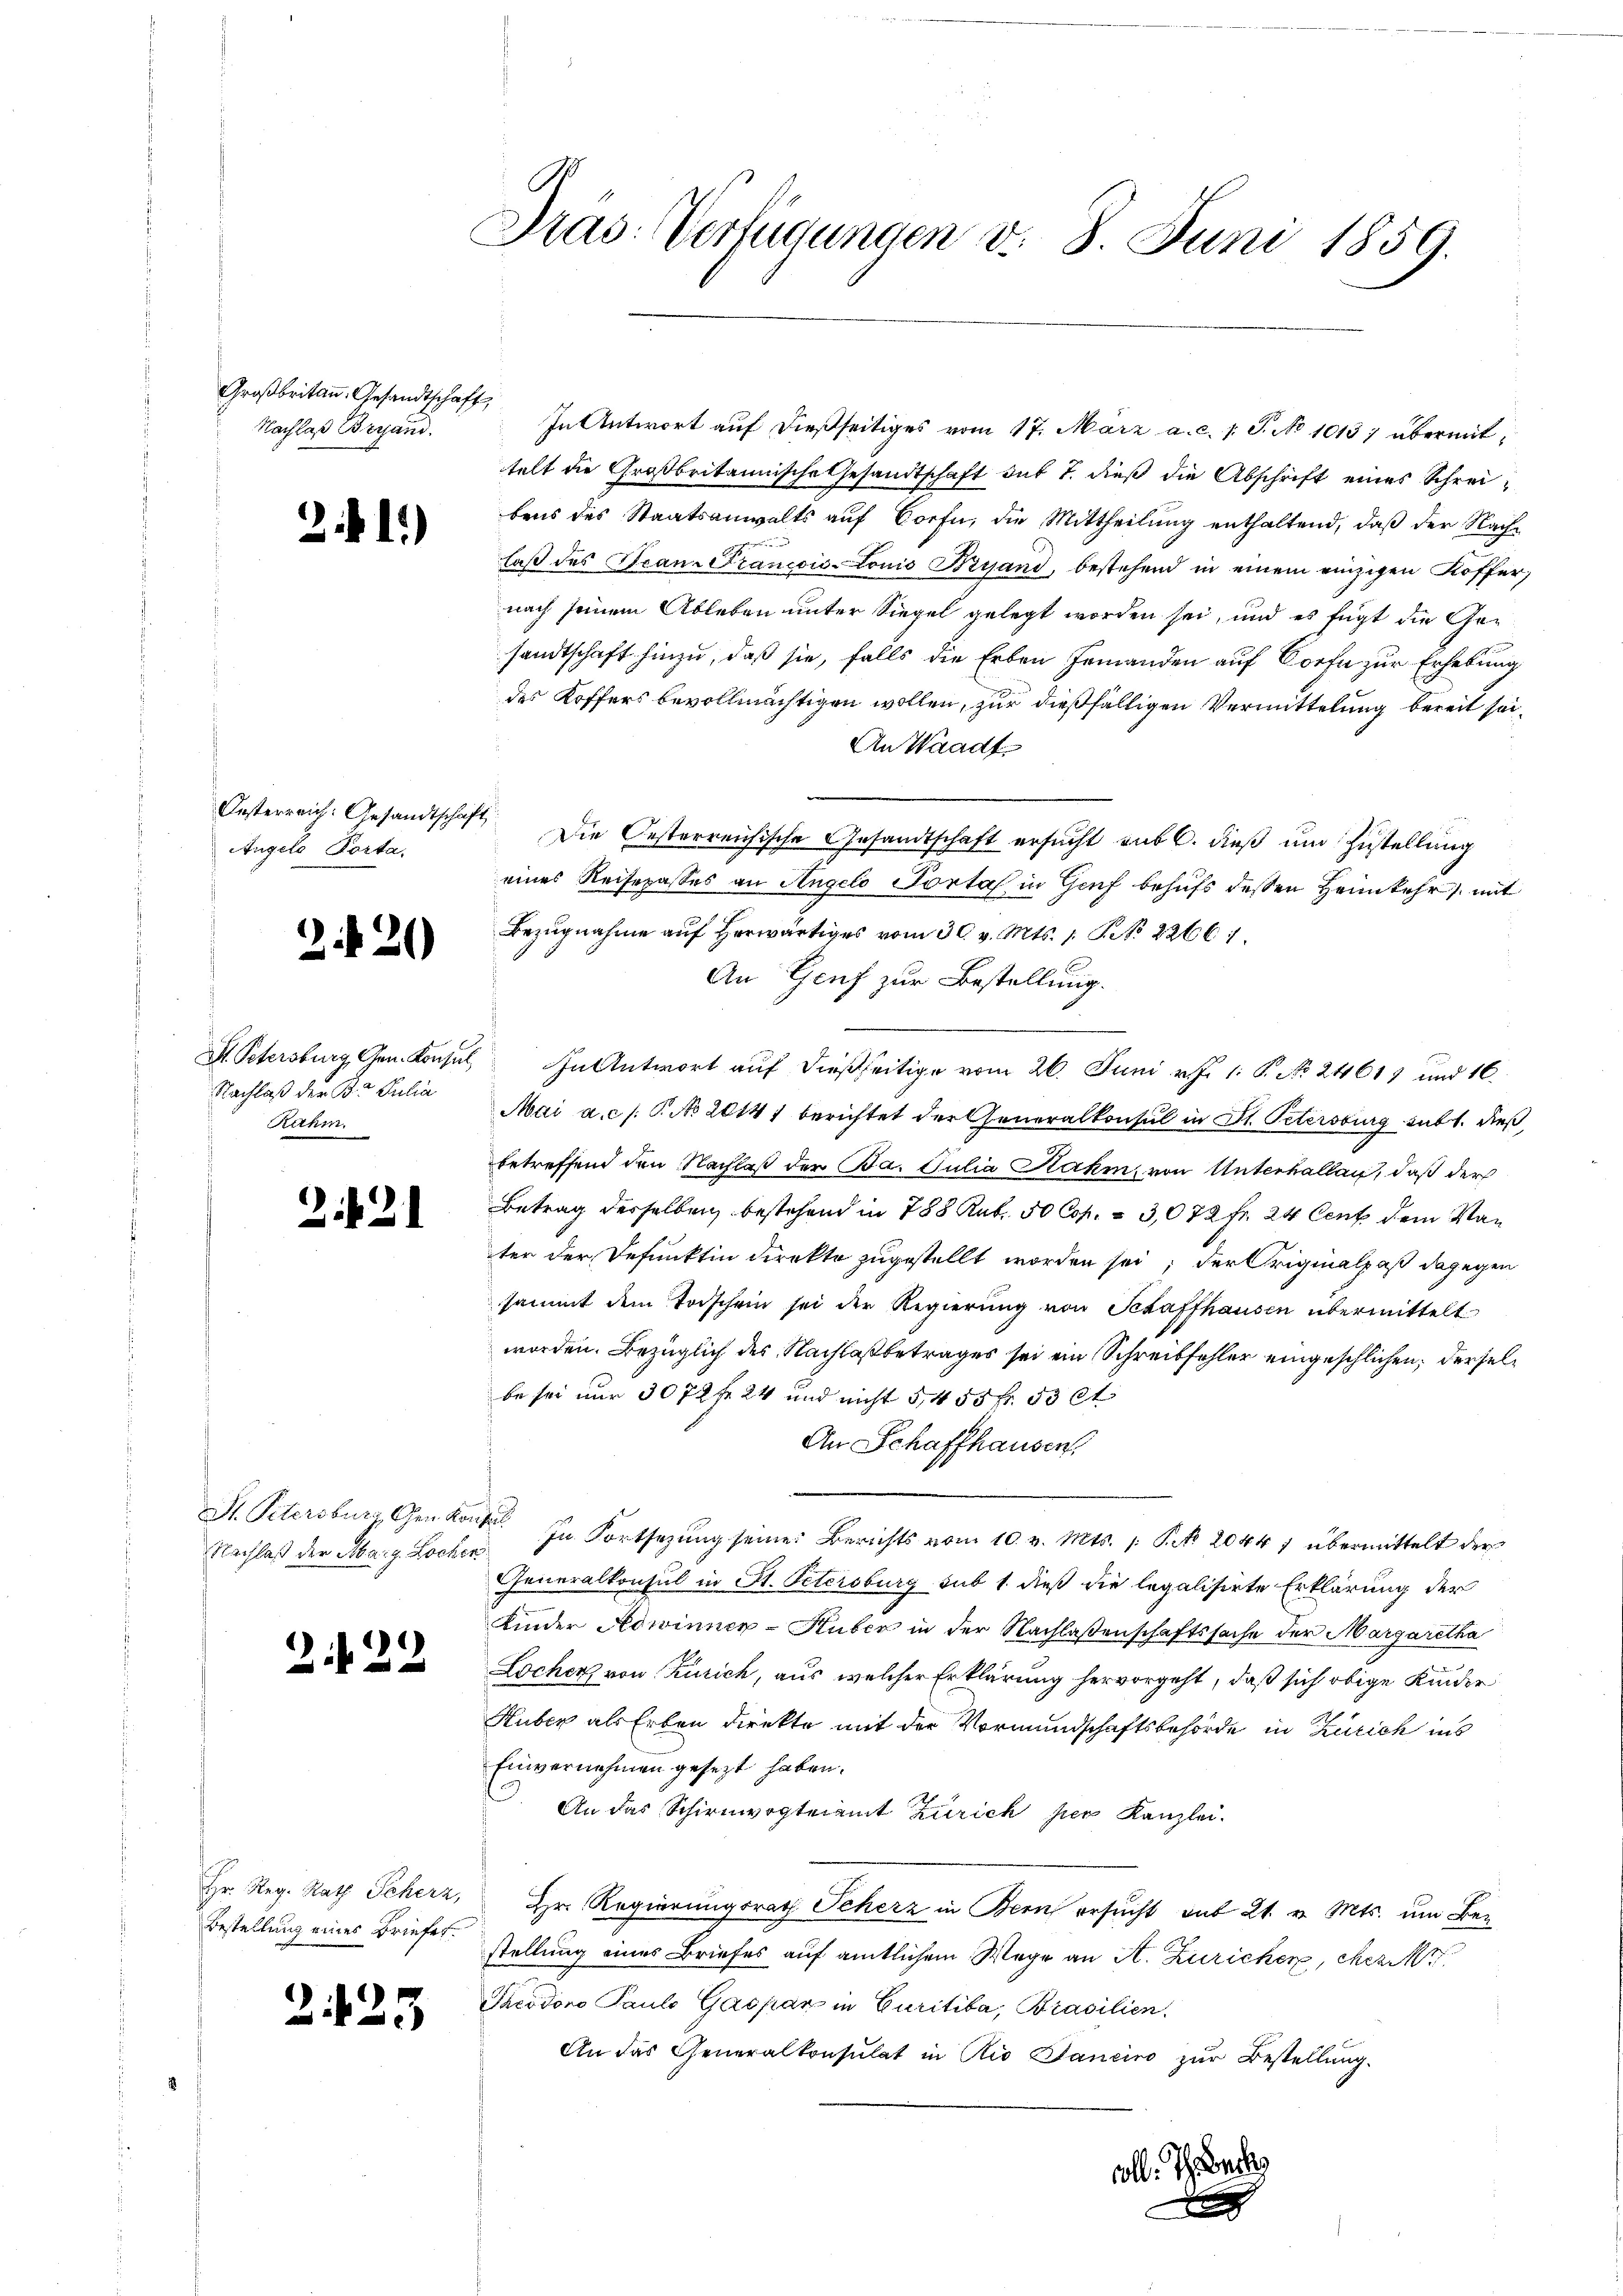
Großbritann. Gesandtschaft,
Nachlaß Beraus.

21.)

Angelo Porta.

220

St. Petersburg, Gen. Konsul,
Nachlaß der B. Julia
Rahm.

2421

St. Petersburg Chen Kon¬
Nachlaß der Marg. Lochen

2.422

Hr. Reg. Rath Scherz,
Bestellung eines Briefer.

2425

Pras: Verfügungen d. 8. Juni 1859.

In Antwort auf dießseitiges vom 17. März a. c. 1 S. No 10157 übermittelt die Großbritannische Gesandtschaft dit 7. dieß die Abschrift eines Schreibens des Staatsanwalts auf Dorfe, die Mittheilung enthaltend, daß der Nachlaß des Tean-Francois-Louis Bryand, bestehend in einem einzigen Koffer,
nach seinem Ableben unter Siegel gelegt worden sei, und es fügt die Gesandtschaft hinzu, daß sie, falls die Erben Jemanden auf Dorf zur Erhebung
des Koffers bevollmächtigen wollen, zur dießfälligen Vermittelung bereit sei¬
An Waadt
Oesterreich: Gesandtschaft. Die Oesterreichische Gesandtschaft ersucht sub 6. dieß um Zustellung
eines Reisepasses an Angelo Portal in Genf behufs deßen Heimkehr mit
Bezugnahme auf herwärtiges vom 30. v. Mts. 1. P. No 2266 1
An Genf zur Bestellung.
 In Antwort auf dießseitige vom 26. Juni v. J. 1. P. No. 24619 und 16
Mai a.c. s. P. No 20141 berichtet der Generalkonsul in St. Petersburg subt. dieß,
betreffend den Nachlaß der Ba. Julia Rahm, von Unterhallen, daß der
Betrag desselben bestehend in 788 Kub. 50 Cop. & 3,072 Fr. 24 Cent dem Vater der Defunktin direkte zugestellt worden sei; der Originalpaß dagegen
sammt dem Todschein sei der Regierung von Schaffhausen übermittelt
worden. Bezüglich des Nachlaßbetrages sei ein Schreibfehler eingeschlichen, derselbe sei nur 3072 Fr. 24 und nicht 5455 Fr. 53 et
An Schaffhausen,
 In Fortsezung seine Berichts vom 10. v. Mts. 1. P. 2044 7 übermittelt der
Generalkonsul in St. Petersburg sub 1. dieß die legalisirte Erklärung der
Kinder Hedwinner-Huber in der Nachlaßenschaftssache der Margaretha
Locher von Zürich, aus welcher Erklärung hervorgeht, daß sich obige Kinder
Huber als Erben direkte mit der Vormundschaftsbehörde in Zürich ins
Einvernehmen gesezt haben.
. An das Schirnwogteiamt Zürich per Kanzlei.
Hr. Regierungsrath Scherz in Bern ersucht aus 21. v. Mts. um Bez
stellung eines Briefes auf amtlichem Wege an A. Zuricher, Mez
Theodono Pauls Gaspar in Curitiba, Brasilien.
An das Generalkonsulat in Rio Sanciro zur Bestellung.

.

oll. I